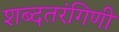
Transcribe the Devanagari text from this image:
शब्दतरंगिणी